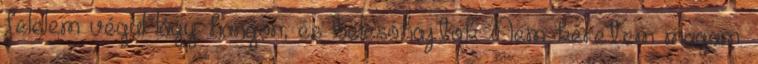
felelem végül lágy hangon, és belesóhajtok. Nem kéretem magam.